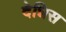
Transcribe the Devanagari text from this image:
देन्निस